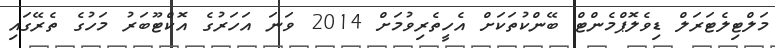
މަލްޓިލެޓަރަލް ޑިވެލޮޕްމެންޓް ބޭންކުތަކަށް އެހީތެރިވުމަށް 2014 ވަނަ އަހަރުގެ އޮކްޓޫބަރު މަހުގެ ތެރޭގައި